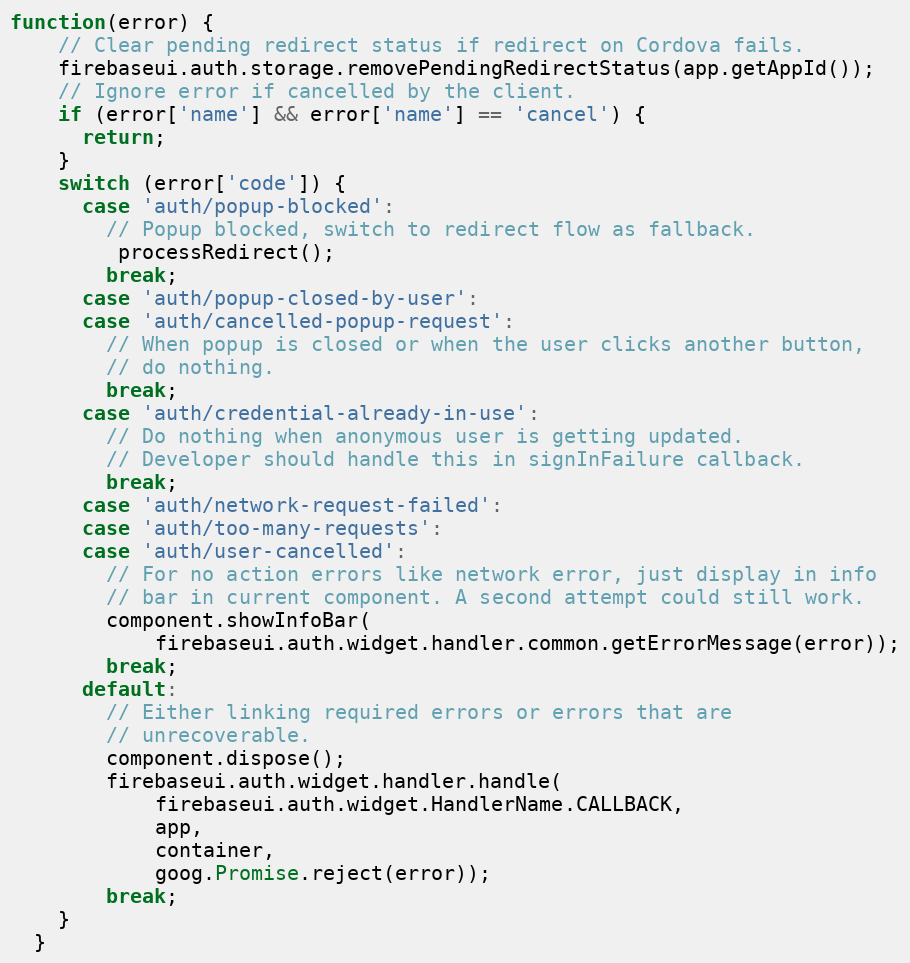
Language: JavaScript
function(error) {
    // Clear pending redirect status if redirect on Cordova fails.
    firebaseui.auth.storage.removePendingRedirectStatus(app.getAppId());
    // Ignore error if cancelled by the client.
    if (error['name'] && error['name'] == 'cancel') {
      return;
    }
    switch (error['code']) {
      case 'auth/popup-blocked':
        // Popup blocked, switch to redirect flow as fallback.
         processRedirect();
        break;
      case 'auth/popup-closed-by-user':
      case 'auth/cancelled-popup-request':
        // When popup is closed or when the user clicks another button,
        // do nothing.
        break;
      case 'auth/credential-already-in-use':
        // Do nothing when anonymous user is getting updated.
        // Developer should handle this in signInFailure callback.
        break;
      case 'auth/network-request-failed':
      case 'auth/too-many-requests':
      case 'auth/user-cancelled':
        // For no action errors like network error, just display in info
        // bar in current component. A second attempt could still work.
        component.showInfoBar(
            firebaseui.auth.widget.handler.common.getErrorMessage(error));
        break;
      default:
        // Either linking required errors or errors that are
        // unrecoverable.
        component.dispose();
        firebaseui.auth.widget.handler.handle(
            firebaseui.auth.widget.HandlerName.CALLBACK,
            app,
            container,
            goog.Promise.reject(error));
        break;
    }
  }